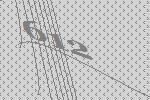
612